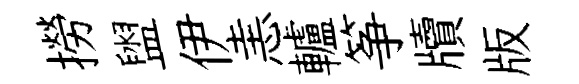
撈盥伊恚轤筝牘版